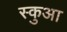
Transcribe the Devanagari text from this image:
स्कुआ